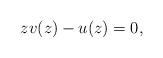
LaTeX: \begin{align*}zv(z)-u(z)=0,\end{align*}